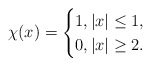
\begin{align*}\chi(x)=\begin{cases}1, |x|\leq 1,\\0, |x|\geq 2.\end{cases}\end{align*}